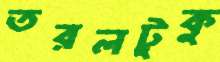
তরলটুকু